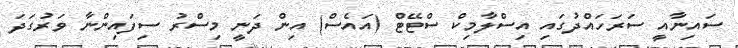
ސައިނާއީ ސަރަހައްދުގައި އިސްލާމިކް ސްޓޭޓް (އައެސް) އިން ދަނީ މިސްރު ސިފައިންނާ ވަރުގަދަ